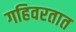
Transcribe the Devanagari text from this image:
गहिवरतात